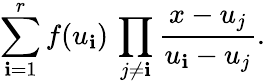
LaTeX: \sum_{\mathbf{i}=1}^{r}f(u_{\mathbf{i}})\, \prod_{j\ne\mathbf{i}}\frac{{x-u_{j}}}{{u_{\mathbf{i}}-u_{j}}}.